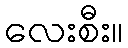
လေးစီး။